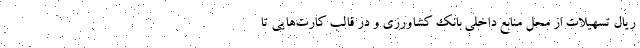
ریال تسهیلات از محل منابع داخلی بانک کشاورزی و در قالب کارت‌هایی تا